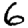
Digit: 6